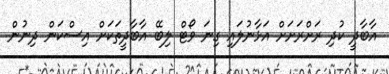
އާބާދީ ކުދި ރަށްރަށަށް އަޅާނުލައި ގިނަ ވޯޓް ލިބޭ އާބާދީތަކަށް އިސްކަން ދިނުން